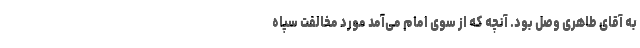
به آقای طاهری وصل بود. آنچه که از سوی امام می‌آمد مورد مخالفت سپاه